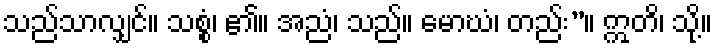
သည်သာလျှင်။ သစ္စံ၊ ၏။ အညံ၊ သည်။ မောဃံ၊ တည်း”။ ဣတိ၊ သို့။